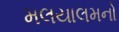
મલયાલમનો